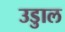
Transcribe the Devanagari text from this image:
उडुाल